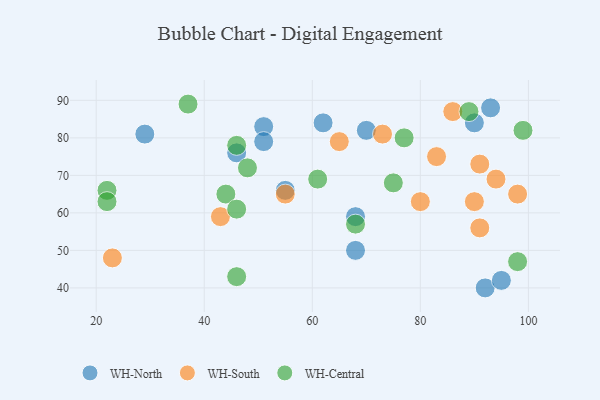
{"axis": {"x": "GDP", "y": "Life Expectancy"}, "legend": ["WH-Central", "WH-North", "WH-South"], "data": [{"x": "90", "y": 84, "type": "WH-North"}, {"x": "68", "y": 59, "type": "WH-North"}, {"x": "51", "y": 83, "type": "WH-North"}, {"x": "68", "y": 50, "type": "WH-North"}, {"x": "46", "y": 76, "type": "WH-North"}, {"x": "92", "y": 40, "type": "WH-North"}, {"x": "55", "y": 66, "type": "WH-North"}, {"x": "62", "y": 84, "type": "WH-North"}, {"x": "95", "y": 42, "type": "WH-North"}, {"x": "29", "y": 81, "type": "WH-North"}, {"x": "51", "y": 79, "type": "WH-North"}, {"x": "70", "y": 82, "type": "WH-North"}, {"x": "93", "y": 88, "type": "WH-North"}, {"x": "90", "y": 63, "type": "WH-South"}, {"x": "91", "y": 73, "type": "WH-South"}, {"x": "65", "y": 79, "type": "WH-South"}, {"x": "73", "y": 81, "type": "WH-South"}, {"x": "83", "y": 75, "type": "WH-South"}, {"x": "43", "y": 59, "type": "WH-South"}, {"x": "86", "y": 87, "type": "WH-South"}, {"x": "94", "y": 69, "type": "WH-South"}, {"x": "55", "y": 65, "type": "WH-South"}, {"x": "23", "y": 48, "type": "WH-South"}, {"x": "91", "y": 56, "type": "WH-South"}, {"x": "98", "y": 65, "type": "WH-South"}, {"x": "80", "y": 63, "type": "WH-South"}, {"x": "89", "y": 87, "type": "WH-Central"}, {"x": "68", "y": 57, "type": "WH-Central"}, {"x": "22", "y": 66, "type": "WH-Central"}, {"x": "22", "y": 63, "type": "WH-Central"}, {"x": "99", "y": 82, "type": "WH-Central"}, {"x": "46", "y": 78, "type": "WH-Central"}, {"x": "44", "y": 65, "type": "WH-Central"}, {"x": "98", "y": 47, "type": "WH-Central"}, {"x": "61", "y": 69, "type": "WH-Central"}, {"x": "77", "y": 80, "type": "WH-Central"}, {"x": "46", "y": 43, "type": "WH-Central"}, {"x": "46", "y": 61, "type": "WH-Central"}, {"x": "75", "y": 68, "type": "WH-Central"}, {"x": "37", "y": 89, "type": "WH-Central"}, {"x": "48", "y": 72, "type": "WH-Central"}]}